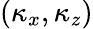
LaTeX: (\kappa_{x},\kappa_{z})